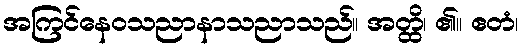
အကြင်နေဝသညာနာသညာသည်။ အတ္ထိ၊ ၏။ ဧတံ၊